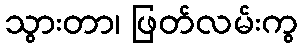
သွားတာ၊ ဖြတ်လမ်းကွ